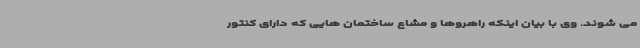
می شوند. وی با بیان اینکه راهروها و مشاع ساختمان هایی که دارای کنتور